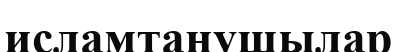
исламтанушылар